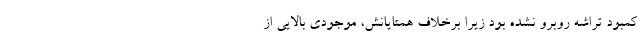
کمبود تراشه روبرو نشده بود زیرا برخلاف همتایانش، موجودی بالایی از